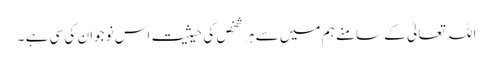
اللہ تعالیٰ کے سامنے ہم میں سے ہر شخص کی حیثیت اس نوجوان کی سی ہے ۔